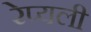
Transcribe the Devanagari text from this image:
रेप्यली